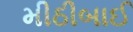
મીઠીબાઈ